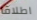
اطلاقا